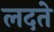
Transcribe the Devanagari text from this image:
लदते